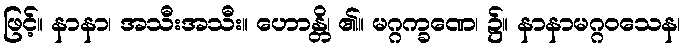
ဖြင့်။ နာနာ၊ အသီးအသီး။ ဟောန္တိ၊ ၏။ မဂ္ဂက္ခဏေ၊ ၌။ နာနာမဂ္ဂဝသေန၊